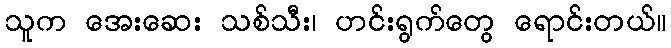
သူက အေးဆေး သစ်သီး၊ ဟင်းရွက်တွေ ရောင်းတယ်။